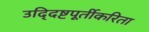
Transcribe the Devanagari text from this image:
उद्‍दिष्टपूर्तीकरिता